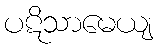
ပဋိသာမေယျ